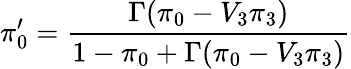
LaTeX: \pi_{0}^{\prime}=\frac{\Gamma(\pi_{0}-V_{3}\pi_{3})}{1-\pi_{0}+\Gamma(\pi_{0}-V_{3}\pi_{3})}